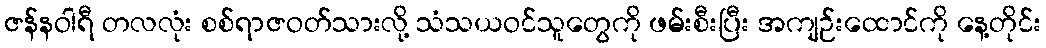
ဇန်နဝါရီ တလလုံး စစ်ရာဇဝတ်သားလို့ သံသယဝင်သူတွေကို ဖမ်းစီးပြီး အကျဉ်းထောင်ကို နေ့တိုင်း